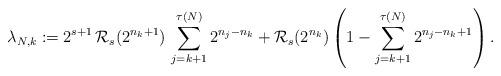
LaTeX: \begin{align*}\lambda_{N,k}:=2^{s+1}\,\mathcal{R}_{s}(2^{n_{k}+1})\,\sum_{j=k+1}^{\tau(N)}2^{n_{j}-n_{k}}+\mathcal{R}_{s}(2^{n_{k}})\left(1-\sum_{j=k+1}^{\tau(N)} 2^{n_{j}-n_{k}+1}\right).\end{align*}